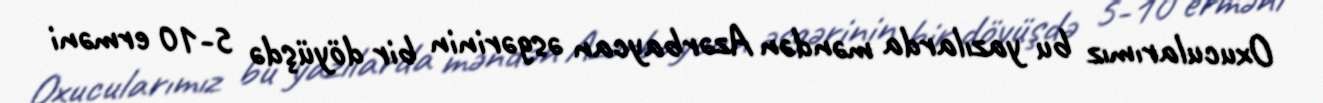
Oxucularımız bu yazılarda məndən Azərbaycan əsgərinin bir döyüşdə 5-10 erməni